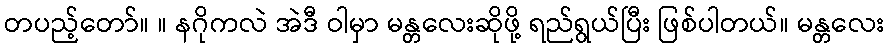
တပည့်တော်။ ။ နဂိုကလဲ အဲဒီ ဝါမှာ မန္တလေးဆိုဖို့ ရည်ရွယ်ပြီး ဖြစ်ပါတယ်။ မန္တလေး